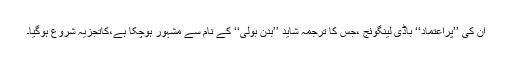
ان کی ’’پُراعتماد‘‘ باڈی لینگوئج ،جس کا ترجمہ شاید ’’بدن بولی‘‘ کے نام سے مشہور ہوچکا ہے،کاتجزیہ شروع ہوگیا۔